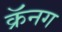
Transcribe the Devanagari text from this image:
क्रॅनग